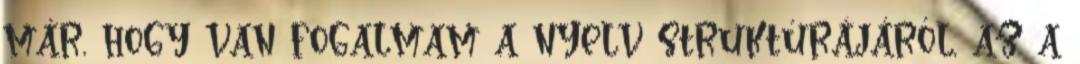
már, hogy van fogalmam a nyelv struktúrájáról, az a